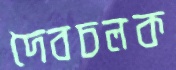
দৈবচলক